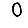
Digit: 0